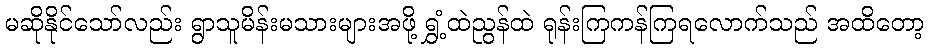
မဆိုနိုင်သော်လည်း ရွာသူမိန်းမသားများအဖို့ ရွှံ့ထဲညွန်ထဲ ရုန်းကြကန်ကြရလောက်သည် အထိတော့